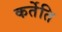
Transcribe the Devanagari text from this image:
कर्तेति